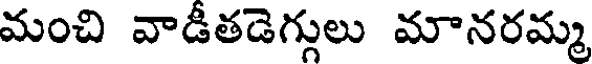
మంచి వాడీతడెగ్గులు మానరమ్మ